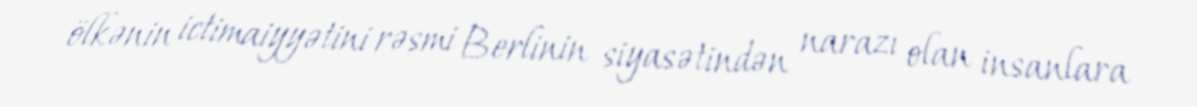
ölkənin ictimaiyyətini rəsmi Berlinin siyasətindən narazı olan insanlara